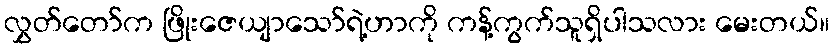
လွှတ်တော်က ဖြိုးဇေယျာသော်ရဲ့ဟာကို ကန့်ကွက်သူရှိပါသလား မေးတယ်။